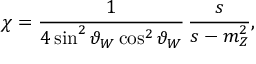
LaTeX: \chi = \frac { 1 } { 4 \sin ^ { 2 } \vartheta _ { W } \cos ^ { 2 } \vartheta _ { W } } \, \frac { s } { s - m _ { Z } ^ { 2 } } ,